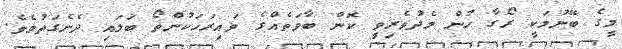
މީގެ ބޭނުމަކީ ރޯގާ ހުން މެދުވެރިވީ ކޮން ބާވަތެއްގެ ވައިރަހަކުންތޯ ބަލައި ދެނެގަތުމެވެ.